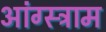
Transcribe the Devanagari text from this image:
आंग्स्ट्राम